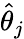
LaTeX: \widehat{\theta}_{j}